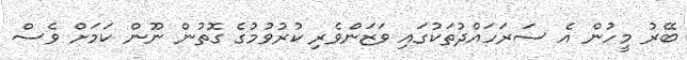
ބޭރު މީހުން އެ ސަރަހައްދުތަކުގައި ވަޒަންވެރި ކުރުވުމުގެ ގޮތުން ނޫން ކަަމަށް ވެސް